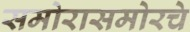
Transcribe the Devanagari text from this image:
समोरासमोरचे